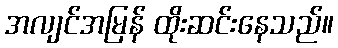
အလျင်အမြန် ထိုးဆင်းနေသည်။